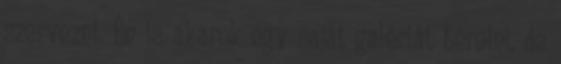
szervezni. Én is akarok egy saját galériát bérelni, de